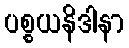
ပစ္စယနိဒါနာ